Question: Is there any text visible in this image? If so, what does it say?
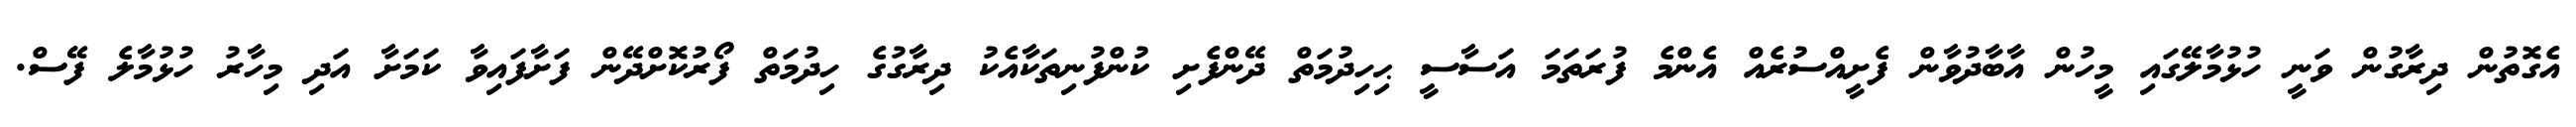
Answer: އެގޮތުން ދިރާގުން ވަނީ ހުޅުމާލޭގައި މީހުން އާބާދުވާން ފެށީއްސުރެއް އެންމެ ފުރަތަމަ އަސާސީ ޙިހިދުމަތް ދޭންފެށި ކުންފުނިތަކާއެކު ދިރާގުގެ ހިދުމަތް ފޯރުކޮށްދޭން ފަށާފައިވާ ކަމަށާ އަދި މިހާރު ހުޅުމާލެ ފޭސް.